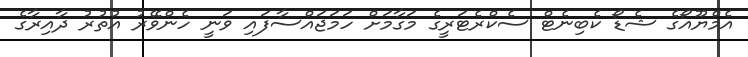
އެމްޔޫއޯގެ ޝެޑޯ ކެބިނެޓް ސެކްރެޓަރީގެ މަގާމަށް ހަމަޖައްސާފައި ވަނީ ހެންވޭރު އުތުރު ދާއިރާގެ